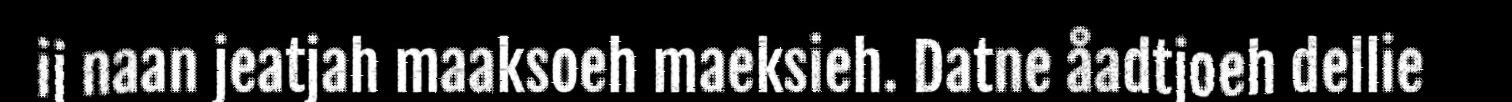
ij naan jeatjah maaksoeh maeksieh. Datne åadtjoeh dellie